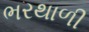
ભરથાળી